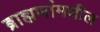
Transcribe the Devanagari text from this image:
ब्राह्मणांमधील